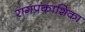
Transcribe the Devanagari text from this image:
रागप्रकाशिका